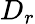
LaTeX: D_{r}